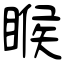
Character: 睺